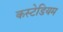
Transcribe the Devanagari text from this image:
कस्टेडियम